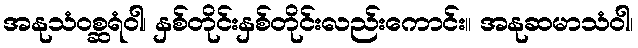
အနုသံဝစ္ဆရံဝါ၊ နှစ်တိုင်းနှစ်တိုင်းလည်းကောင်း။ အနုဆမာသံဝါ၊